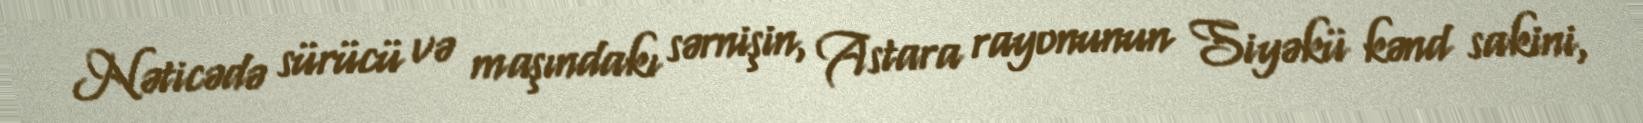
Nəticədə sürücü və maşındakı sərnişin, Astara rayonunun Siyəkü kənd sakini,